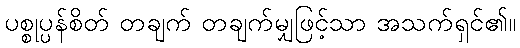
ပစ္စုပ္ပန်စိတ် တချက် တချက်မျှဖြင့်သာ အသက်ရှင်၏။